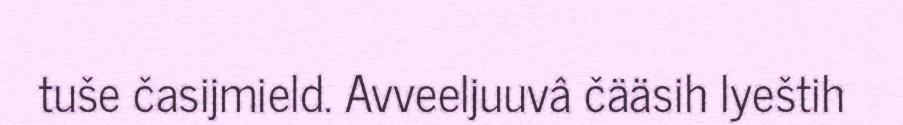
tuše časijmield. Avveeljuuvâ čääsih lyeštih